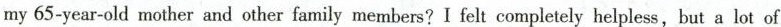
my 65-year-old mother and other family members? I felt completely helpless,but a lot of